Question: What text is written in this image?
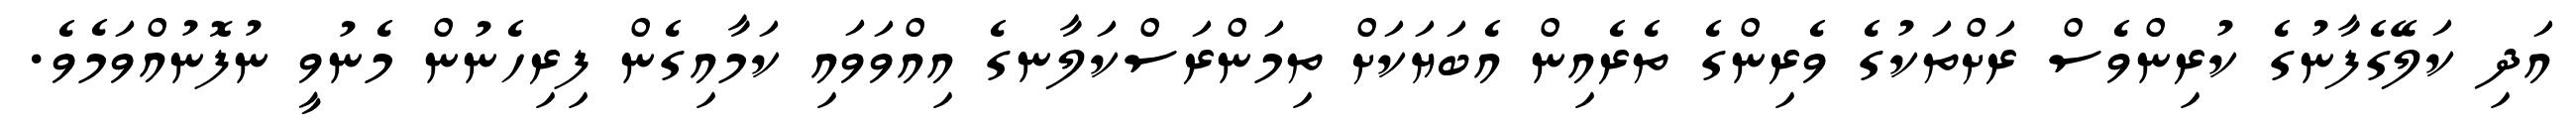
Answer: އަދި ކަލޭގެފާނުގެ ކުރިންވެސް ރަށްތަކުގެ ވެރިންގެ ތެރެއިން އެބަޔަކަށް ތިމަންރަސްކަލާނގެ އިއްވަވައި ކަމާއިގެން ފިރިހެނުން މެނުވީ ނުފޮނުއްވަމެވެ.